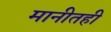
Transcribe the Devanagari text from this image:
मानीतही